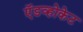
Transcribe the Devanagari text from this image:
ऍडव्होकेट